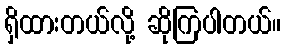
ရှိထားတယ်လို့ ဆိုကြပါတယ်။